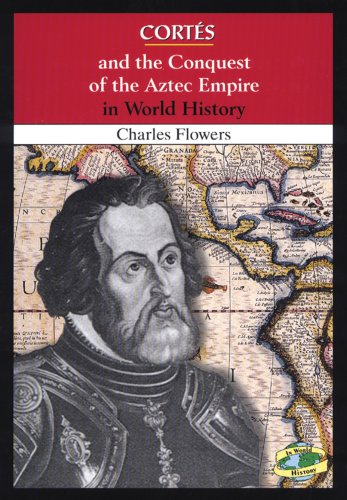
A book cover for Cortes and the Conquest of the Aztec Empire in World History; Charles Flowers; Children's Books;